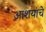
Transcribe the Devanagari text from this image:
आशयांचे